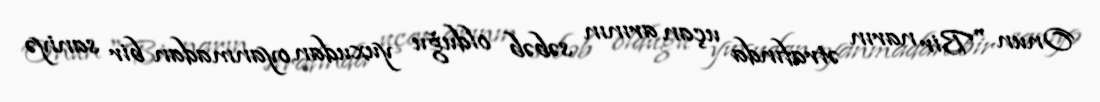
Onun "Bir narın ətrafında uçan arının səbəb olduğu yuxudan oyanmadan bir saniyə